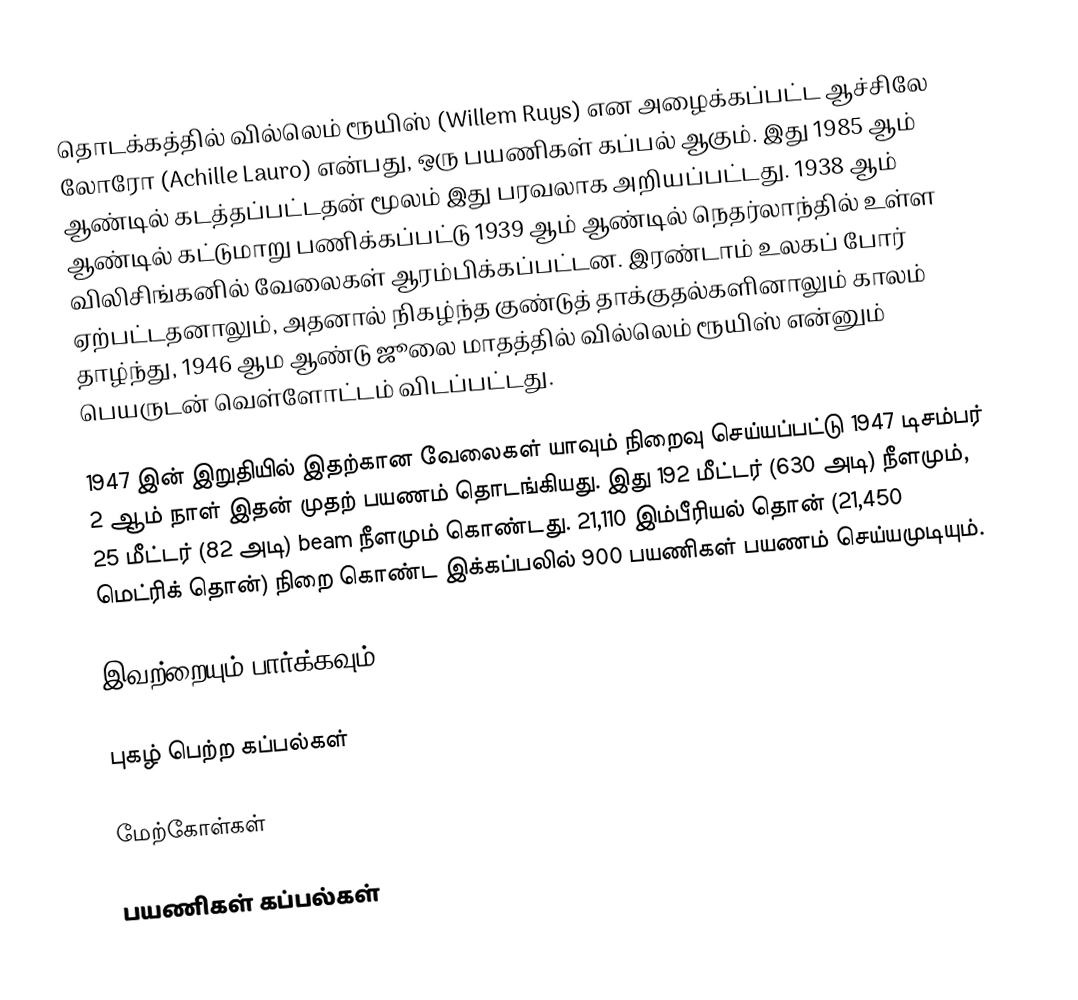
தொடக்கத்தில் வில்லெம் ரூயிஸ் (Willem Ruys) என அழைக்கப்பட்ட ஆச்சிலே லோரோ (Achille Lauro) என்பது, ஒரு பயணிகள் கப்பல் ஆகும். இது 1985 ஆம் ஆண்டில் கடத்தப்பட்டதன் மூலம் இது பரவலாக அறியப்பட்டது. 1938 ஆம் ஆண்டில் கட்டுமாறு பணிக்கப்பட்டு 1939 ஆம் ஆண்டில் நெதர்லாந்தில் உள்ள விலிசிங்கனில் வேலைகள் ஆரம்பிக்கப்பட்டன. இரண்டாம் உலகப் போர் ஏற்பட்டதனாலும், அதனால் நிகழ்ந்த குண்டுத் தாக்குதல்களினாலும் காலம் தாழ்ந்து, 1946 ஆம ஆண்டு ஜூலை மாதத்தில் வில்லெம் ரூயிஸ் என்னும் பெயருடன் வெள்ளோட்டம் விடப்பட்டது.

1947 இன் இறுதியில் இதற்கான வேலைகள் யாவும் நிறைவு செய்யப்பட்டு 1947 டிசம்பர் 2 ஆம் நாள் இதன் முதற் பயணம் தொடங்கியது. இது 192 மீட்டர் (630 அடி) நீளமும், 25 மீட்டர் (82 அடி) beam நீளமும் கொண்டது. 21,110 இம்பீரியல் தொன் (21,450 மெட்ரிக் தொன்) நிறை கொண்ட இக்கப்பலில் 900 பயணிகள் பயணம் செய்யமுடியும்.

இவற்றையும் பார்க்கவும்

 புகழ் பெற்ற கப்பல்கள்

மேற்கோள்கள்

பயணிகள் கப்பல்கள்